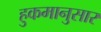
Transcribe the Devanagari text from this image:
हुकमानुसार